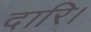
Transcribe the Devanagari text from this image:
दारि।